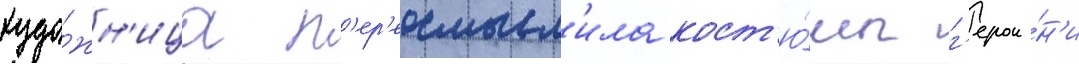
худо́жн'ица п'ер'еосмысл'ила кост'ю́мы г'ерои́н'и